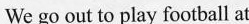
We go out to play football at